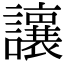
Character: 𫟝